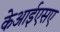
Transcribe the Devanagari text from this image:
केआईएसए